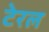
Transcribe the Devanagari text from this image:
टेरल